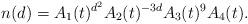
LaTeX: \begin{align*}n(d)=A_1(t)^{d^2}A_2(t)^{-3d}A_3(t)^{9}A_4(t).\end{align*}